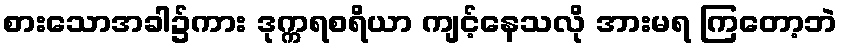
စားသောအခါ၌ကား ဒုက္ကရစရိယာ ကျင့်နေသလို အားမရ ကြတော့ဘဲ